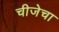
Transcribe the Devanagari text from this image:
चीजेचा